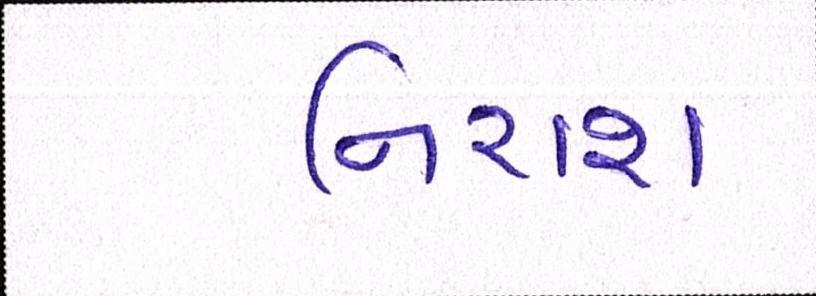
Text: નિરાશ